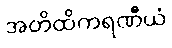
အတိထိကရဏီယံ